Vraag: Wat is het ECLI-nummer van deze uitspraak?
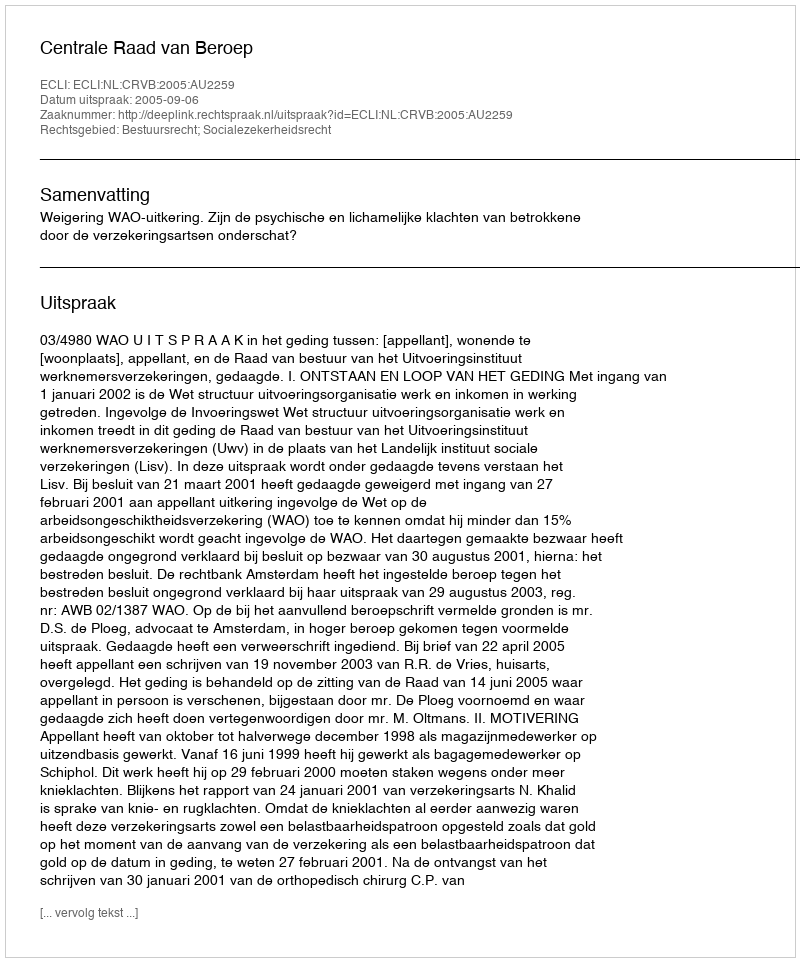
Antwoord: ECLI:NL:CRVB:2005:AU2259